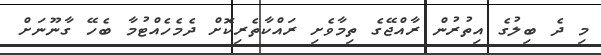
މި ދެ ބިލުގެ އިތުރުން ރާއްޖޭގެ ތިމާވެށި ރައްކާތެރިކޮށް ދެމެހެއްޓުމާ ބެހޭ ގާނޫނަށް